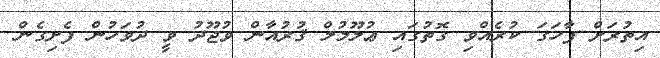
އިތުރަށް ފާހަގަ ކުރެއްވި ގޮތުގައި ޢުލޫމުލް ޤުރުއާން ވުޖޫދު ވީ ދުވަހުން ފެށިގެން